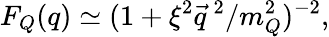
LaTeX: F_{Q}(q)\simeq(1+\xi^{2}{\vec{q}}^{\, 2}/m_{Q}^{2})^{-2},